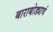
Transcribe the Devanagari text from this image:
बाराबोड्याचं